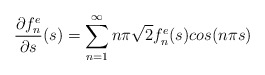
\begin{align*}\dfrac{\partial f_n^e}{\partial s}(s) =\sum_{n=1}^{\infty} n\pi\sqrt{2}f_n^e(s)cos(n\pi s)\end{align*}